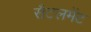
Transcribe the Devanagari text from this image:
सैटलमेंट